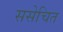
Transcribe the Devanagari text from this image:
ससेचित